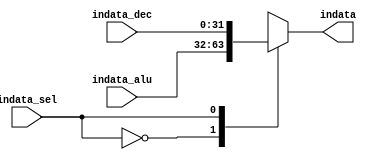
`timescale 1ns / 1ps
//////////////////////////////////////////////////////////////////////////////////
// Company: 
// Engineer: 
// 
// Design Name: 
// Module Name:    indata_choose 
// Project Name: 
// Target Devices: 
// Tool versions: 
// Description: 
//
// Dependencies: 
//
// Revision: 
// Revision 0.01 - File Created
// Additional Comments: 
//
//////////////////////////////////////////////////////////////////////////////////
module indata_choose(
		indata_sel,indata_alu,indata_dec,indata
    );
	 input indata_sel;
	 input [31:0] indata_alu,indata_dec;
	 output reg [31:0] indata;
	 always@(*)
		begin
			case (indata_sel)
				1'b0 : indata = indata_alu;
				1'b1 : indata = indata_dec;
			endcase
		end
endmodule